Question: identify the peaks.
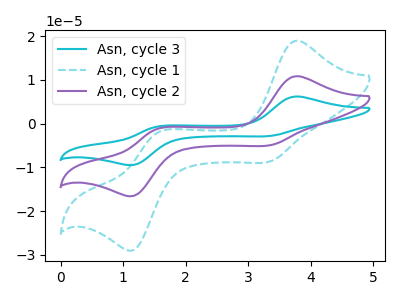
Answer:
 <answer>The cyan curve "Asn, cycle 3" has anodic peaks at (3.75V, 21.65uA) (1.55V, -2.40uA) and cathodic peaks at (3.35V, -9.85uA) (1.15V, -33.00uA). The cyan dashed curve "Asn, cycle 1" has anodic peaks at (3.75V, 18.95uA) (1.55V, -2.10uA) and cathodic peaks at (3.35V, -8.60uA) (1.15V, -28.85uA). The purple curve "Asn, cycle 2" has anodic peaks at (3.75V, 10.85uA) (1.55V, -1.20uA) and cathodic peaks at (3.35V, -4.95uA) (1.15V, -16.50uA).</answer>
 <eval></eval>